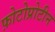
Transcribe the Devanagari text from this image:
फ़ोटोप्रोटीन